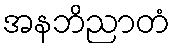
အနဘိညာတံ